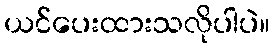
ယင်ပေးထားသလိုပါပဲ။